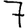
Digit: 7